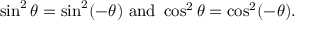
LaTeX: \sin ^ { 2 } \theta = \sin ^ { 2 } ( - \theta ) { \mathrm { ~ a n d ~ } } \cos ^ { 2 } \theta = \cos ^ { 2 } ( - \theta ) .